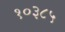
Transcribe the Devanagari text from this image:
१०३८५